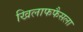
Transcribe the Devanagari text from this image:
खिलाफफैसला